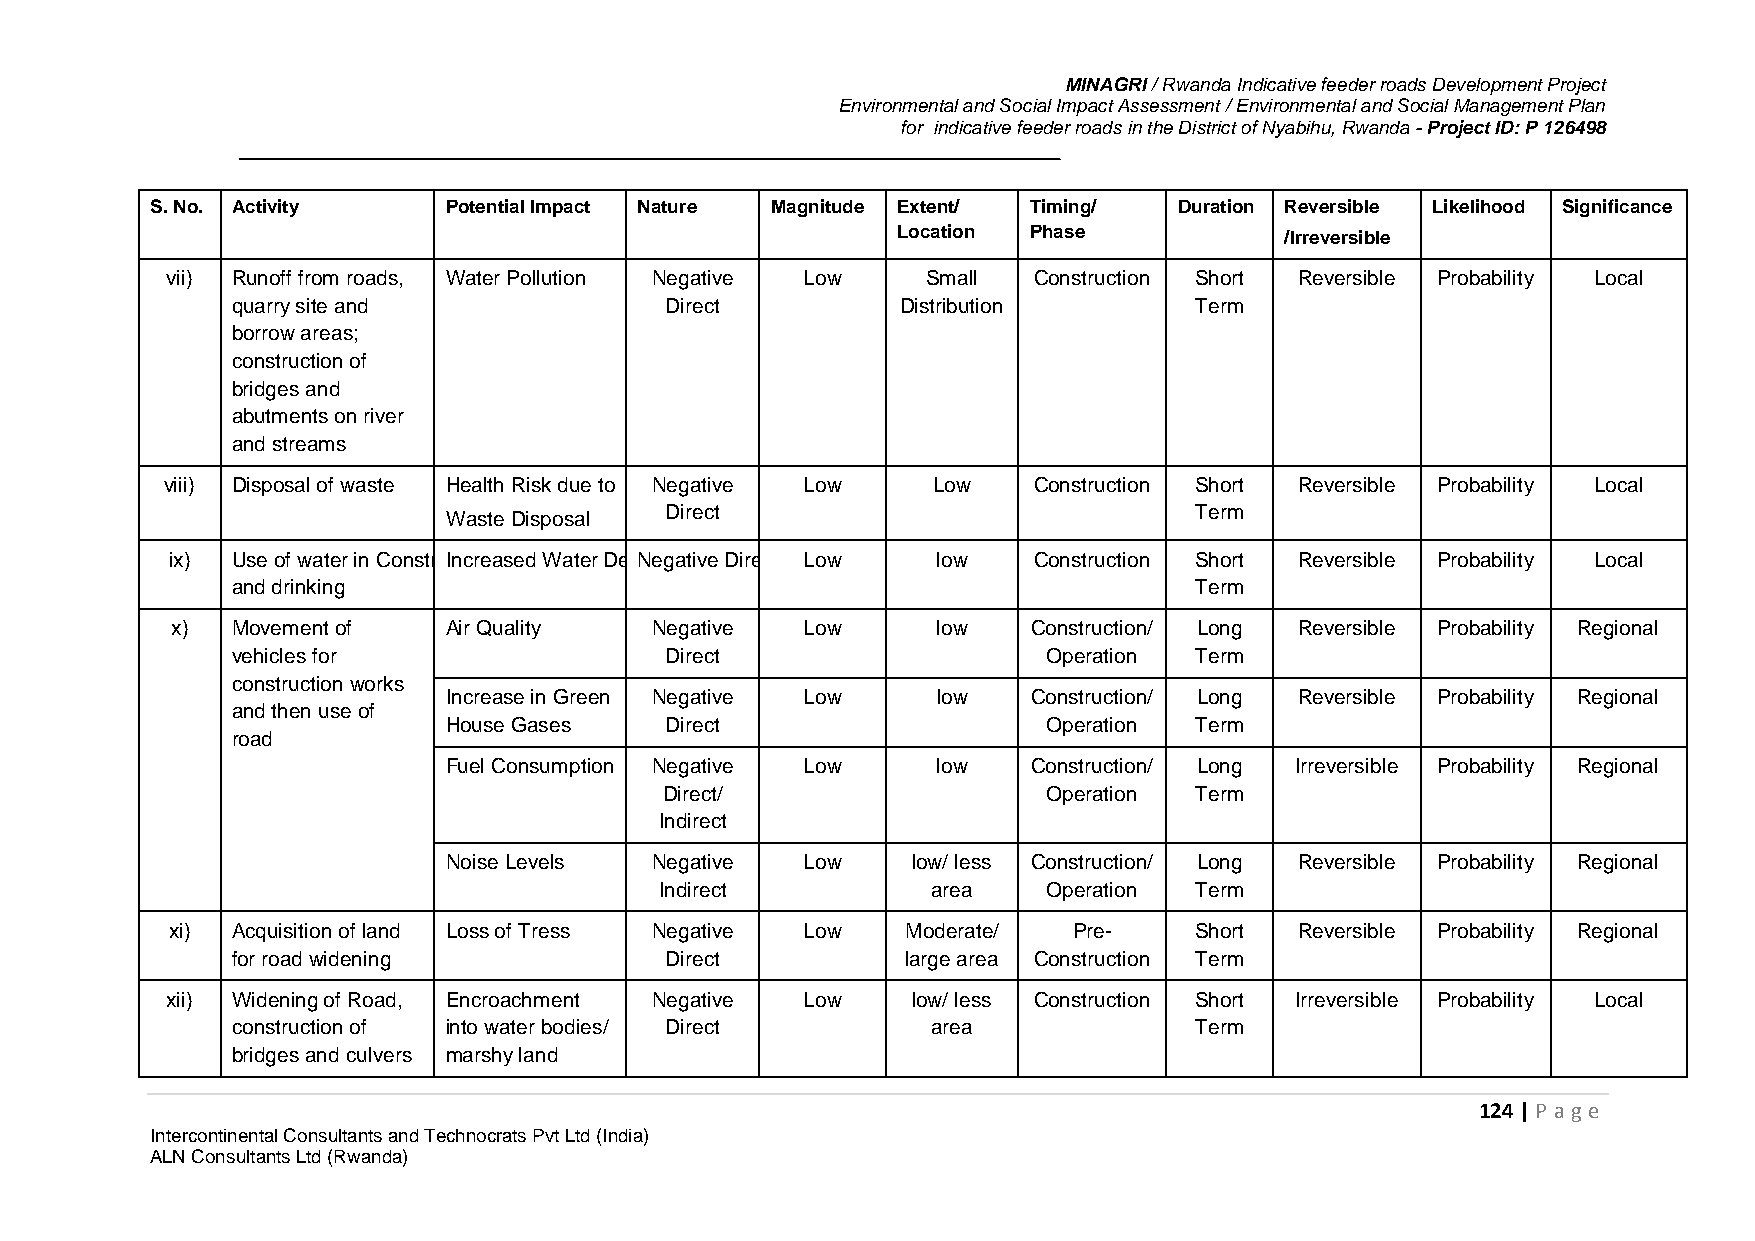
MINAGRI / Rwanda Indicative feeder roads Development Project
 Environmental and Social Impact Assessment / Environmental and Social Management Plan
 for indicative feeder roads in the District of Nyabihu, Rwanda - Project ID: P 126498
 S. No. Activity    Potential Impact Nature Magnitude Extent/ Timing/ Duration Reversible Likelihood Significance
 Location Phase            /Irreversible
 vii) Runoff from roads, Water Pollution Negative Low Small Construction Short Reversible Probability Local
 quarry site and              Direct          Distribution       Term
 borrow areas;
 construction of
 bridges and
 abutments on river
 and streams
 viii) Disposal of waste Health Risk due to Negative Low Low Construction Short Reversible Probability Local
 Waste Disposal Direct                             Term
 ix) Use of water in ConstruIcntciorena sed Water DemNaengdasti ve Direct Low low Construction Short Reversible Probability Local
 and drinking                                                    Term
 x)  Movement of   Air Quality   Negative  Low      low   Construction/ Long Reversible Probability Regional
 vehicles for                 Direct                   Operation Term
 construction works
 Increase in Green Negative Low   low   Construction/ Long Reversible Probability Regional
 and then use of
 House Gases    Direct                   Operation Term
 road
 Fuel Consumption Negative Low    low   Construction/ Long Irreversible Probability Regional
 Direct/                  Operation Term
 Indirect
 Noise Levels  Negative  Low    low/ less Construction/ Long Reversible Probability Regional
 Indirect          area   Operation Term
 xi) Acquisition of land Loss of Tress Negative Low Moderate/ Pre-   Short  Reversible Probability Regional
 for road widening            Direct          large area Construction Term
 xii) Widening of Road, Encroachment Negative Low low/ less Construction Short Irreversible Probability Local
 construction of into water bodies/ Direct      area             Term
 bridges and culvers marshy land
 124 | P age
 Intercontinental Consultants and Technocrats Pvt Ltd (India)
 ALN Consultants Ltd (Rwanda)